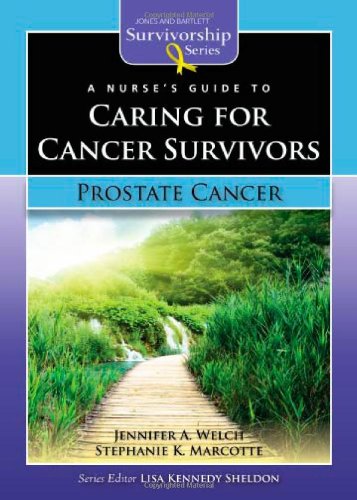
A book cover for A Nurse's Guide to Caring for Cancer Survivors: Prostate Cancer (Jones and Bartlett Survivorship Series); Jennifer A. Welch; Health, Fitness & Dieting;